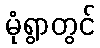
မုံရွာတွင်